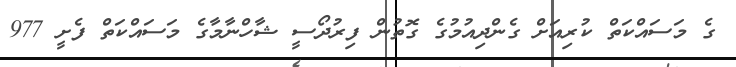
ގެ މަސައްކަތް ކުރިއަށް ގެންދިއުމުގެ ގޮތުން ފިރުދޯސީ ޝާހްނާމާގެ މަސައްކަތް ފެށީ 977